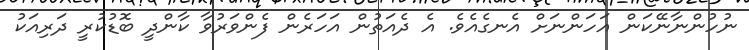
ނުހުންނާނޭކަން އަހަންނަށް އެނގެއެވެ. އެ ދެއަތުން އަހަރެން ފެންވަރުވާ ކާންދީ ބޮޑުކުރީ ދަރިއަކު